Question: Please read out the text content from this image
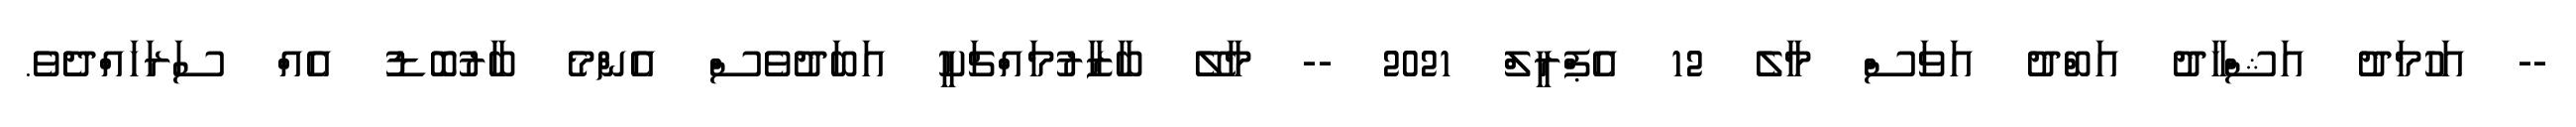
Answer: -- އަހުމަދު އަޝްހާދު އަބްދު އަވަސް މާލެ 12 އެޕްރީލް 2021 -- މާލޭ ބާޒާރުމައްޗަކީ އަބަދުވެސް އެންމެ ބާރުބޮޑު އެއް ސަރަހައްދެވެ.